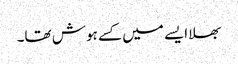
بھلا ایسے میں کسے ہوش تھا۔